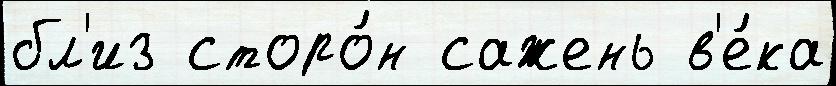
бл'из сторо́н сажень в'е́ка